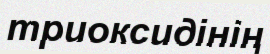
триоксидінің